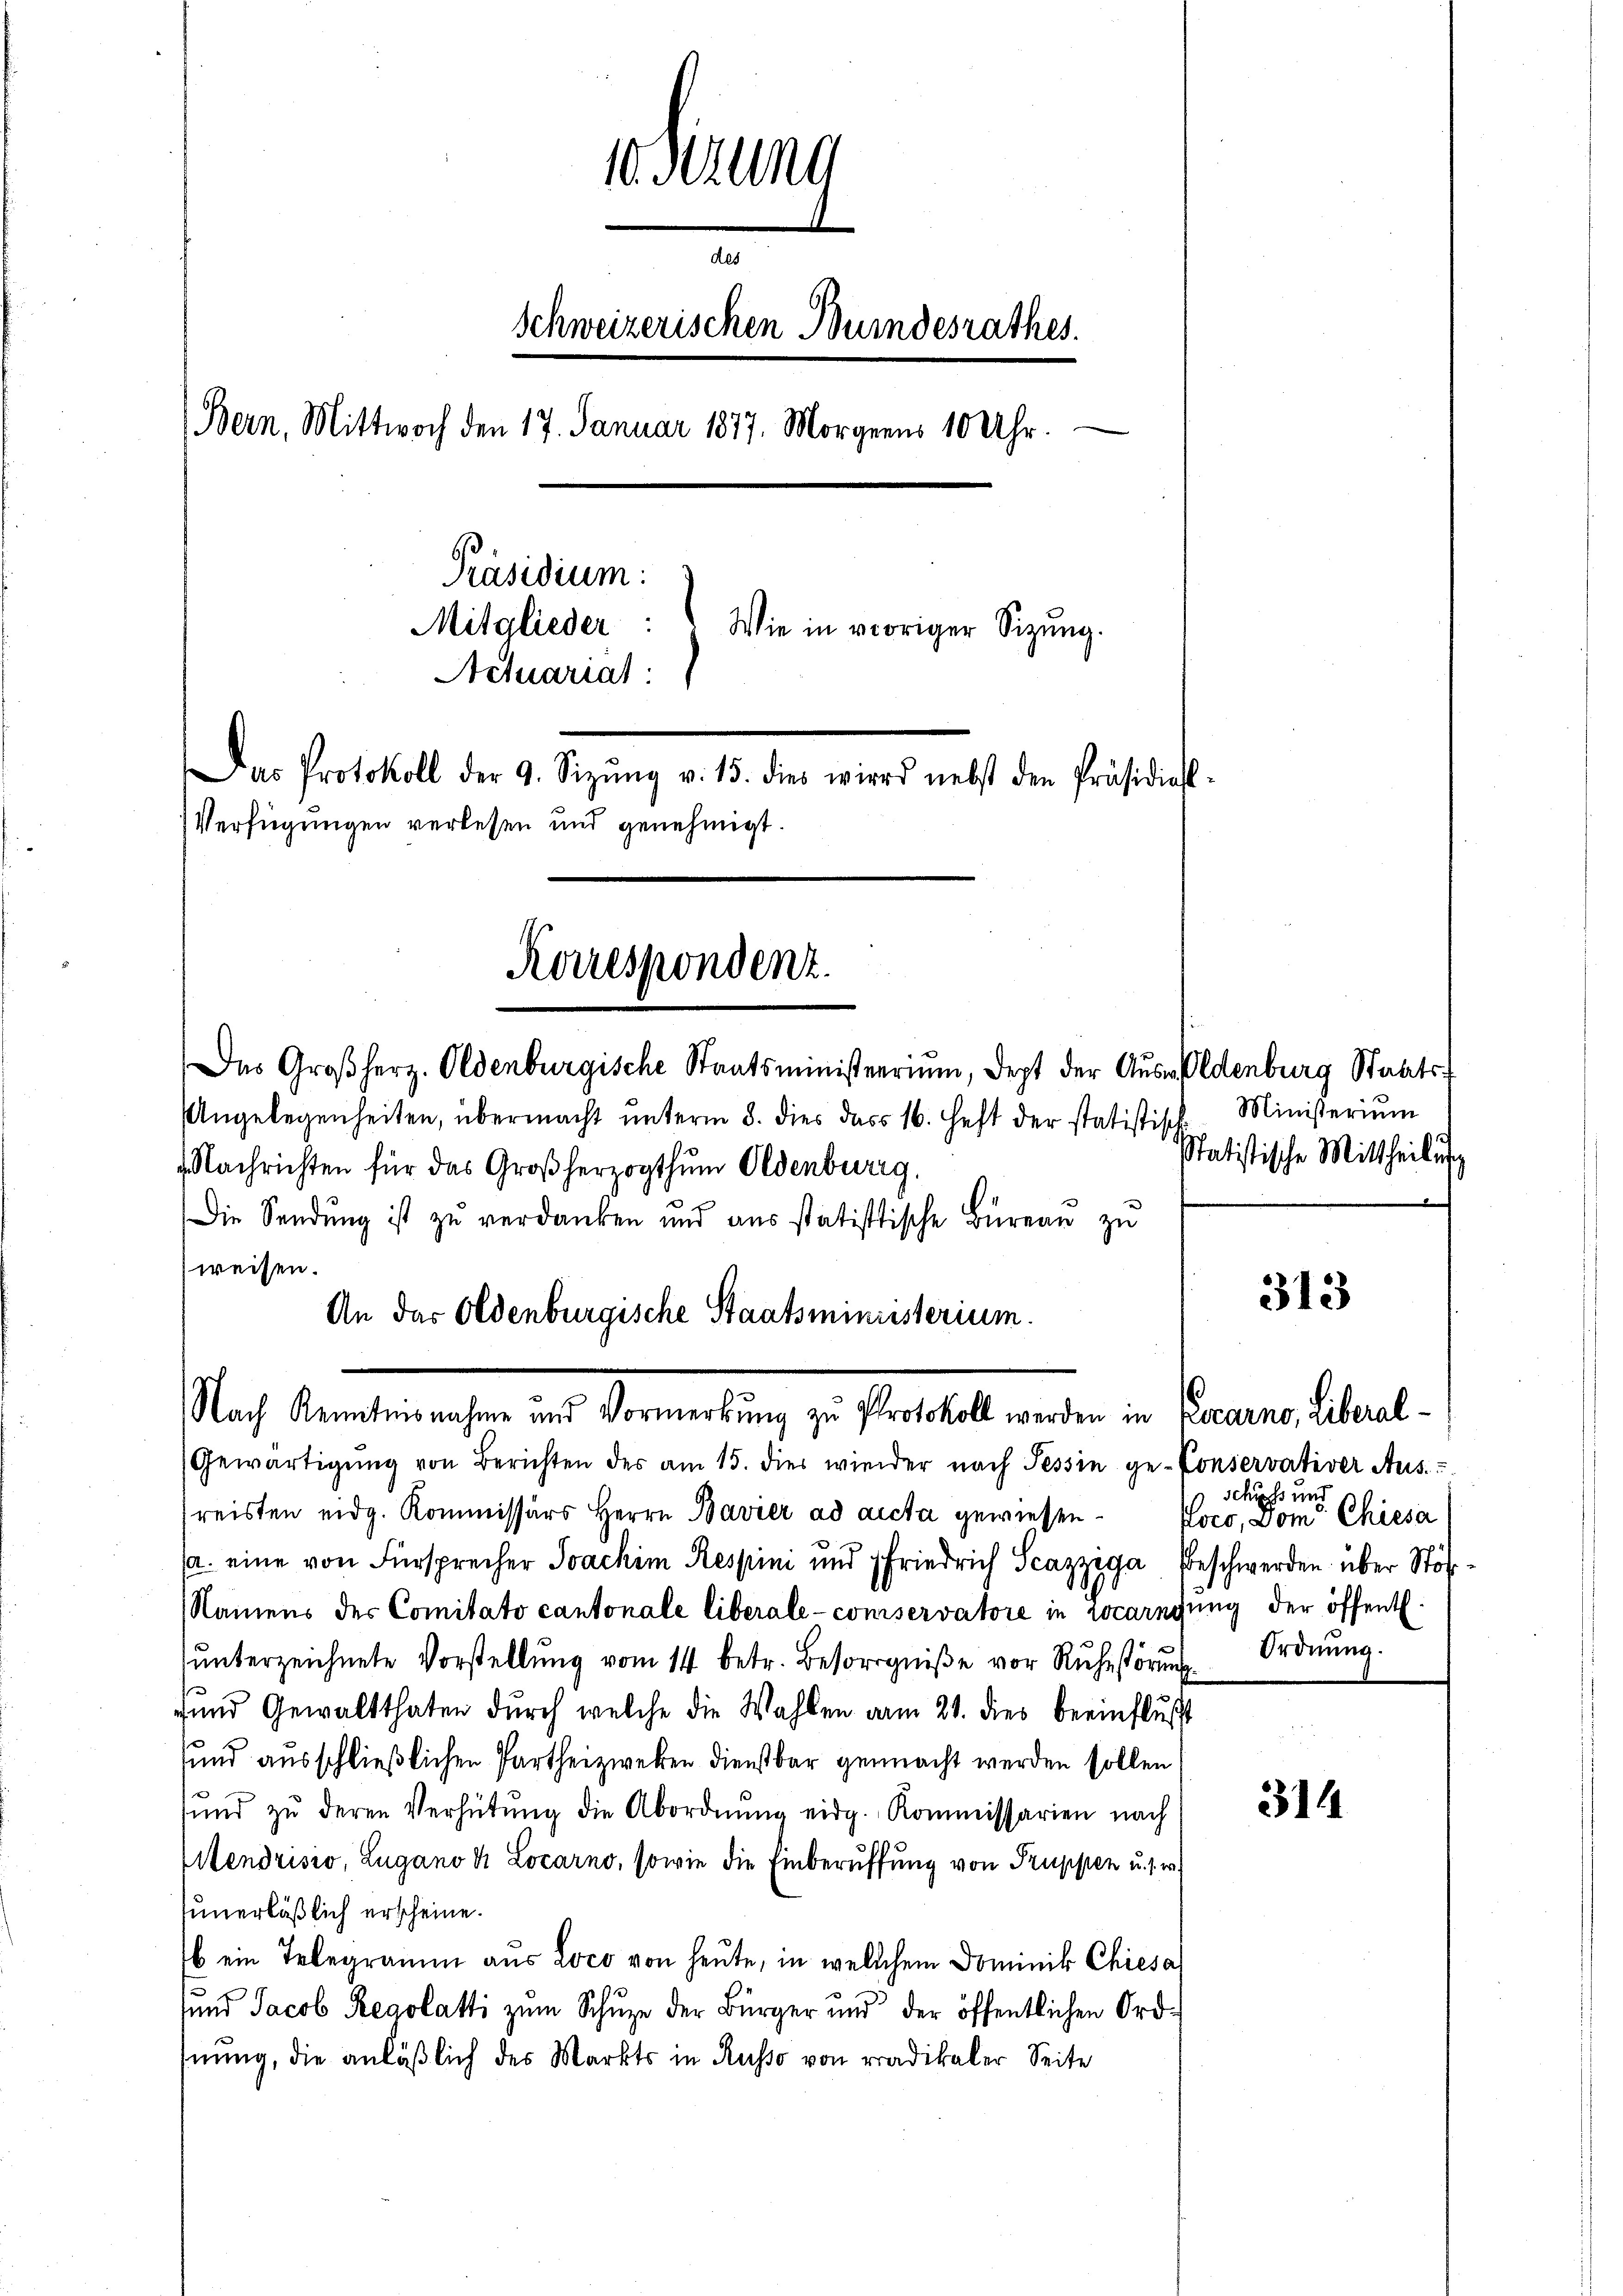
10. Sitzung
des
Schweizerischen Bundesrathes.
(Bern, Mittwoch den 17. Januar 1877. Morgens 10 Uhr.
Präsidium:
Mitglieder:
Wie in voriger Sitzung.
Actuariat
Das Protokoll der 9. Sizŭng v. 15. dies wird nebst den Präsidial-
Verfügungen verlesen und genehmigt.

Korrespondenz.
Das Großherz. Oldenburgische Staatsministerriŭm, dept der Auswaldenburg Staats

Nach Kenntnisnahme und Vormerkung zu Protokoll werden in Pocarno, Liberal-

Angelegenheiten, übermacht ŭnterm 8. dies das 16. Heft der statistische Ministeriŭm
Nachrichten für das Großherzogthum Oldenburg.
Die Sendŭng ist zŭ verdanken und aŭs statistische Büreaŭ zŭ
weisen.
An das Oldenburgische Staatsministerium.

Statistische Mittheilung

Gewärtigŭng von Berichten des am 15. dies wieder nach Tessin ge-Conservativer Aus-
reisten eidg. Kommissärs Herrn Bavier ad acta gewiesena. eine von Fürsprecher Joachim Respini und Friedrich Scazziga Beschwerden über Stöf¬
Namens der Comitato cantonale liberale-conservatore in Locarngung der öffentl.
ŭnterzeichnete Vorstellŭng vom 14 betr. Besorgniβe vor Rŭhestörŭng Ordnŭng.
und Gewaltthaten dŭrch welche die Wahlen am 21. dies beeinflußt
sund ausschließlichen Partheizweken dienstbar gemacht werden sollen,
sund zŭ deren Verhütŭng die Abordnŭng eidg. Kommissarien nach
Mendrisio, Lugano d. Locarno, sowie die Einberuffung von Truppen u. s. w.
unerläßlich erscheine.
b ein Telegramm aus Loco von heute, in welchem Dominik Chiesa
und Jacob Regolatti zum Schuze der Bürger und der öffentlichen Ord-
hnung, die anläßlich des Markts in Russo von radikaler Seite

313

Schuss und
Poco, Dom. Chiesa

314